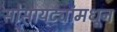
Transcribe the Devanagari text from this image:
सोसायट्यांमधून